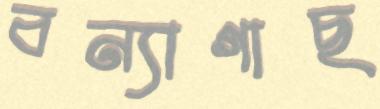
বন্যাগাছ